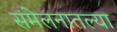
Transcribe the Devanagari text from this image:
संमेलनातल्या